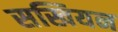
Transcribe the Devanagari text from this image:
सखियन